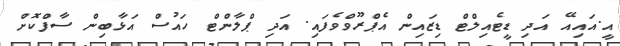
އީ.އަައިއޭ އަދި ޑީޓެއިލްޓް ޑިޒައިން އެޕްރޫވްވެފައި. އަދި ޕްލާންޓް ހައުސް އަޅާބިން ސާފްކޮށް